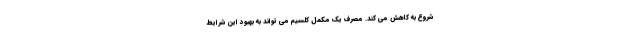
شروع به کاهش می کند. مصرف یک مکمل کلسیم می تواند به بهبود این شرایط